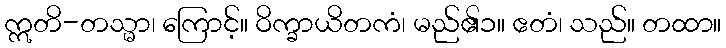
ဣတိ-တသ္မာ၊ ကြောင့်။ ဝိက္ခာယိတကံ၊ မည်၏၁။ ဧတံ၊ သည်။ တထာ။